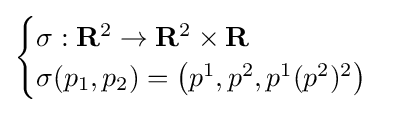
{\begin{cases}\sigma :\mathbf {R} ^{2}\to \mathbf {R} ^{2}\times \mathbf {R} \\\sigma (p_{1},p_{2})=\left(p^{1},p^{2},p^{1}(p^{2})^{2}\right)\end{cases}}